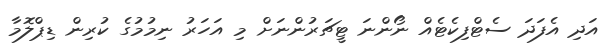
އަދި އެފަދަ ސެޓްފިކެޓެއް ނޯންނަ ޓީޗަރުންނަށް މި އަހަރު ނިމުމުގެ ކުރިން ޑިޕްލޮމާ